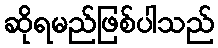
ဆိုရမည်ဖြစ်ပါသည်